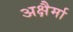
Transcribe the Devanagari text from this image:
अक्षैर्मा